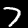
Label: 7